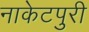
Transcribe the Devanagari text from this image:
नाकेटपुरी